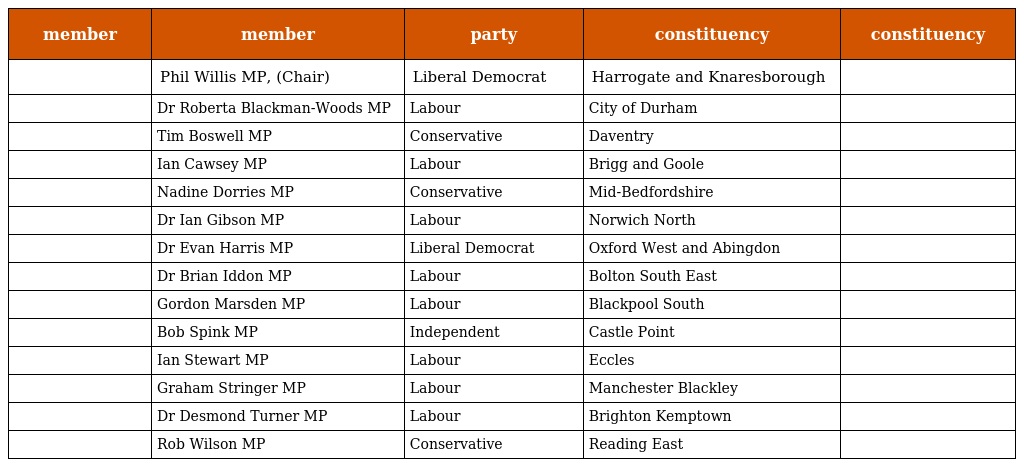
| member | member | party | constituency | constituency |
 | --- | --- | --- | --- | --- |
 |  | Phil Willis MP, (Chair) | Liberal Democrat | Harrogate and Knaresborough |  |
 |  | Dr Roberta Blackman-Woods MP | Labour | City of Durham |  |
 |  | Tim Boswell MP | Conservative | Daventry |  |
 |  | Ian Cawsey MP | Labour | Brigg and Goole |  |
 |  | Nadine Dorries MP | Conservative | Mid-Bedfordshire |  |
 |  | Dr Ian Gibson MP | Labour | Norwich North |  |
 |  | Dr Evan Harris MP | Liberal Democrat | Oxford West and Abingdon |  |
 |  | Dr Brian Iddon MP | Labour | Bolton South East |  |
 |  | Gordon Marsden MP | Labour | Blackpool South |  |
 |  | Bob Spink MP | Independent | Castle Point |  |
 |  | Ian Stewart MP | Labour | Eccles |  |
 |  | Graham Stringer MP | Labour | Manchester Blackley |  |
 |  | Dr Desmond Turner MP | Labour | Brighton Kemptown |  |
 |  | Rob Wilson MP | Conservative | Reading East |  |